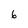
Character: 6